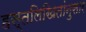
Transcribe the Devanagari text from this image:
हस्तलिखितांनुसार